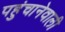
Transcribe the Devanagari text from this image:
पहुंचानेवाली